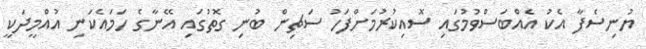
ޔުނިސެފާ އެކު އެއްބަސްވުމުގައި ސޮއިކުރުމަށްފަހު ސަޗިން ބުނި ގޮތުގައި އޭނާގެ ހަމައެކަނި އުއްމީދަކީ